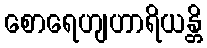
စောရေဟျဟာရိယန္တိ